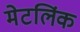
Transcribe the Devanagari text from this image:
मेटलिंक